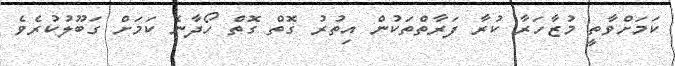
ކަމަށްވާތީ މުޒާހަރާ ކުރާ ފަރާތްތަކުން އިތުރު ގޮތް ގޮތް ހޯދާނެ ކަމަށް ގަބޫލުކުރެވެ